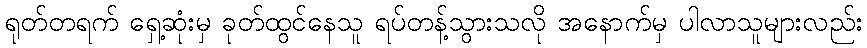
ရုတ်တရက် ရှေ့ဆုံးမှ ခုတ်ထွင်နေသူ ရပ်တန့်သွားသလို အနောက်မှ ပါလာသူများလည်း